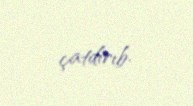
çatdırıb.